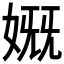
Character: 𰌊